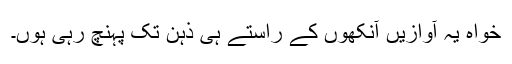
خواہ یہ آوازیں آنکھوں کے راستے ہی ذہن تک پہنچ رہی ہوں۔